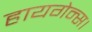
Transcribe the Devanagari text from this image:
हायगेन्स।